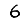
Digit: 6